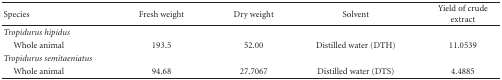
| Species | Fresh weight | Dry weight | Solvent | Yield of crude extract |
 | --- | --- | --- | --- | --- |
 | Tropidurus hipidus |  |  |  |  |
 | Whole animal | 193.5 | 52.00 | Distilled water (DTH) | 11.0539 |
 | Tropidurus semitaeniatus |  |  |  |  |
 | Whole animal | 94.68 | 27.7067 | Distilled water (DTS) | 4.4885 |